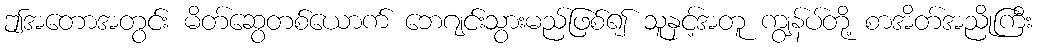
ဤအတောအတွင်း မိတ်ဆွေတစ်ယောက် ဘေဂျင်းသွားမည်ဖြစ်၍ သူနှင့်အတူ ကျွန်ပ်တို့ စာအိတ်အညိုကြီး